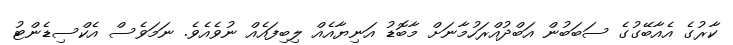
ކާރުގެ އެއާބޭގުގެ ސަބަބުން އަބްދުއްރަހުމާނަށް މާބޮޑު އަނިޔާއެއް ލިބިފައެއް ނުވެއެވެ. ނަމަވެސް އެކްސިޑެންޓު